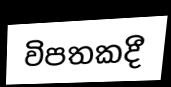
විපතකදී